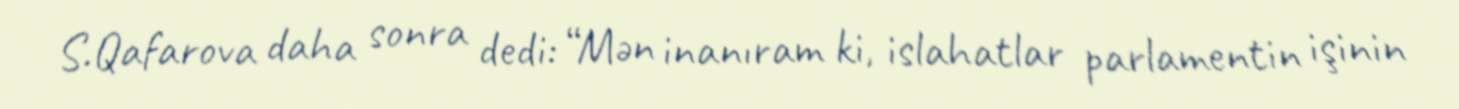
S.Qafarova daha sonra dedi: “Mən inanıram ki, islahatlar parlamentin işinin